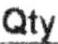
QTY